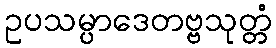
ဥပသမ္ပာဒေတဗ္ဗသုတ္တံ